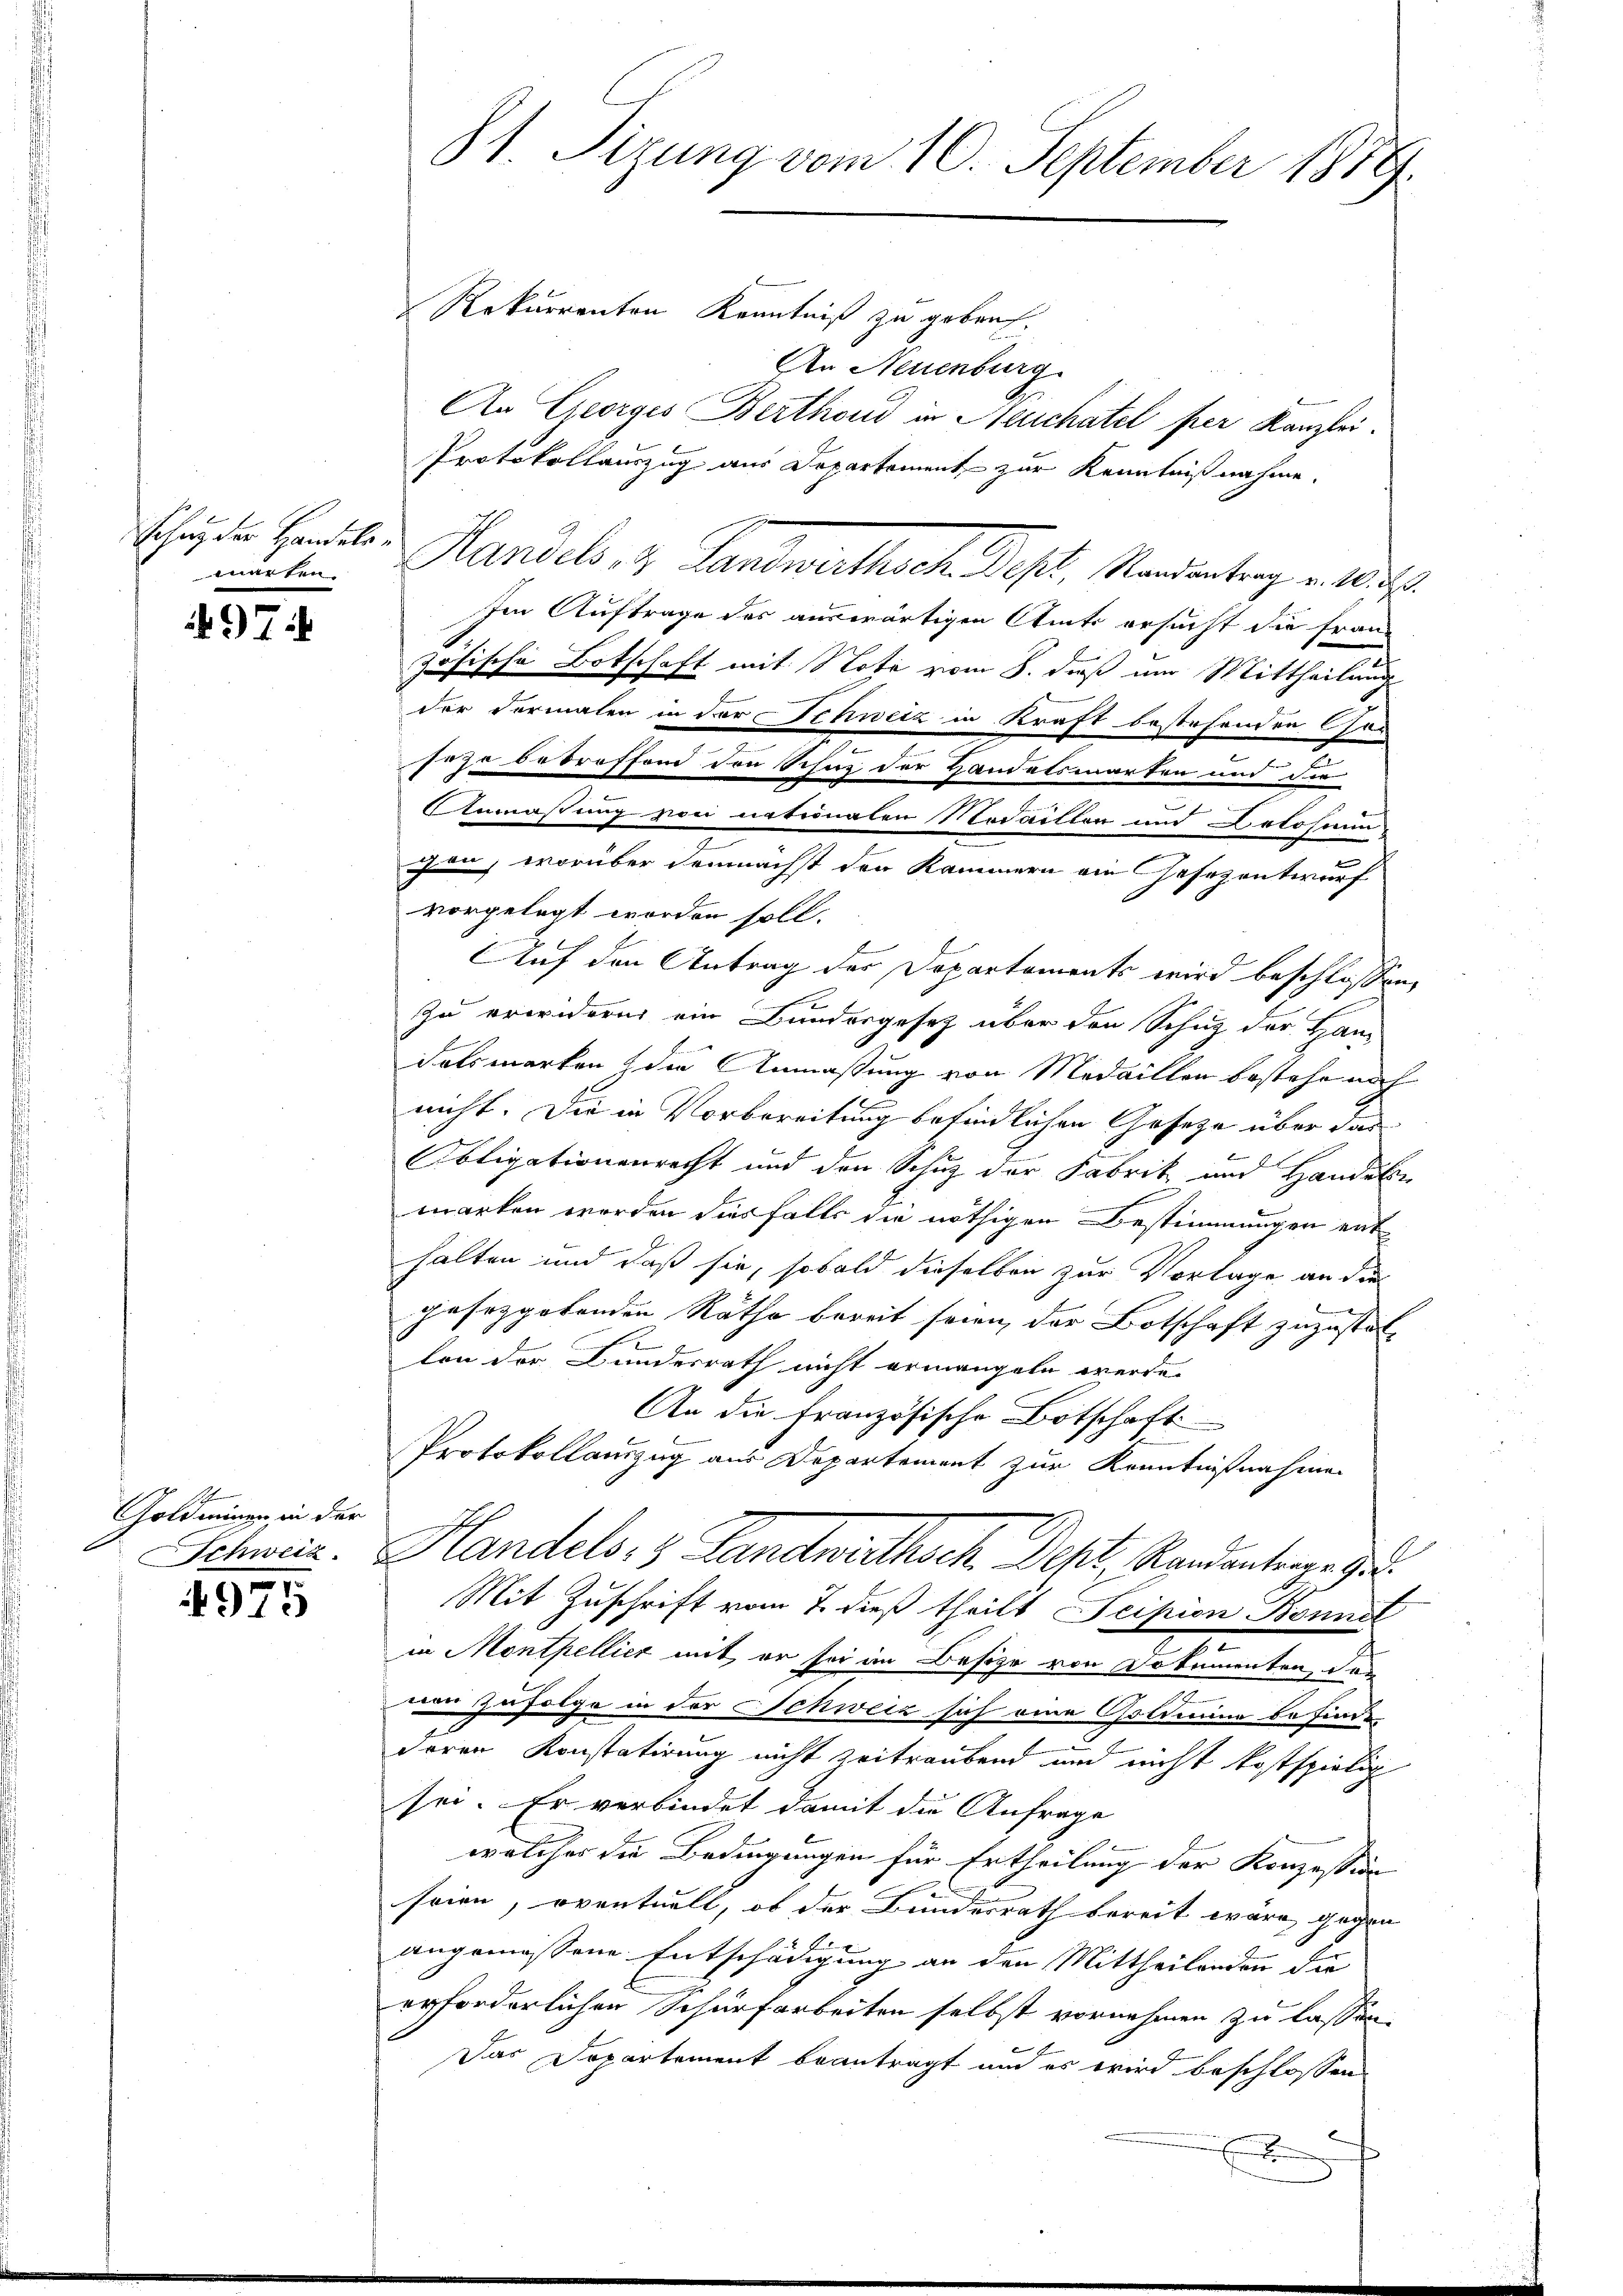
marken.

497.

Goldminen in der

4975

81. Sizung vom 10. September 1889.

Rekurrenten Kenntniß zu geben.
An Neuenburg
An Georges Berthond in Neuchatel per Kanzlei.
Protokollauszug aus Departement zur Kenntnißnahme.
Schaden Bandel, Handels- & Landwirthsch. Dest. Randeantrag v. 1. 2.
Im Auftrage des auswärtigen Amts ersucht die Franz
zösische Botschaft mit Note vom 8. daß um Mittheilung
der dermalen in der Tirwetz in Kraft bestehenden Ces
jahr betreffend den Schutz der Handelsmarken und die
Anmaßung zwei naturalen Nodaillen und Belohnung
¬
gen, worüber demnächst den Kammern ein Gesezentwurf
vorgelegt worden soll.
Auf den Antrag der Departements wird beschlossen,
Zu erwidern ein Bundergesetz über den Schuz der Ham
datsmarken der Anmaßung von Medaillen bestehe noch
nicht. Die in Vorbereitung befindlichen Gesetze über das
Obligationenrecht und den Schutz der Fabrik und Handeln
marken worden dies falls die nöthigen Bestimmungen ent-
halten und daß sie, sobald dieselben zur Vorlage an die
gesetzgebenden Räthe bereit seien der Botschaft zuzuster-
lon der Bundesrath nicht ermangeln werde.
An die französische Botschaft
Protokollauszug aus Departement zur Kenntnißnahmen
Schwar. Handels- & Landwirthsch, Deht, Randantrage u.
Mit Zuschrift vom 7. dieß theilt Scipion Bonnel
in Monthellier mit er sei im Besize von Dokumenten, der
s
ud zufolge in der Schweiz sich eine Goldmnina befinde
deren Konstatirung nicht zeitraubend und nicht kostspielig
sei. Er verbindet damit die Anfrage
welcher die Bedingungen für Ertheilung der Konzession
seien, eventuell, ob der Bundesrath bereit wäre, gegen
angemessene Entschädigung an den Mittheilenden die
erforderlichen Schurfarbeiten selbst vornehmen zu lassen.
Das Departement beantragt und es wird beschlossen
E